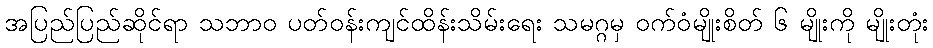
အပြည်ပြည်ဆိုင်ရာ သဘာဝ ပတ်ဝန်းကျင်ထိန်းသိမ်းရေး သမဂ္ဂမှ ဝက်ဝံမျိုးစိတ် ၆ မျိုးကို မျိုးတုံး